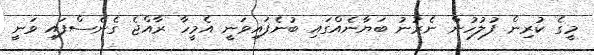
މީގެ ކުރިން ފުލުހުން ނެރުނު ބަޔާނެއްގައި ބުނެފައިވަނީ އެމީހާ ރާއްޖެ ގެނެސްފައި ވަނީ